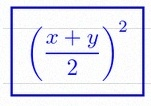
\left(\frac{x+y}{2}\right)^2